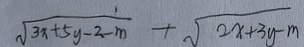
\sqrt { 3 x + 5 y - 2 - m } + \sqrt { 2 x + 3 y - m }